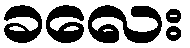
ခလေး